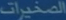
المنبريات